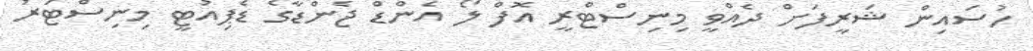
ހުސައިން ޝަރީފަށް ދެއްވީ މިނިސްޓްރީ އޮފް ލޯ އެންޑް ޖެންޑާގެ ޑެޕިއުޓީ މިނިސްޓަރު